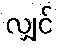
လျှင်